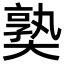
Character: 𡙰